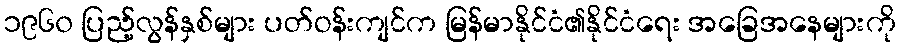
၁၉၆၀ ပြည့်လွန်နှစ်များ ပတ်ဝန်းကျင်က မြန်မာနိုင်ငံ၏နိုင်ငံရေး အခြေအနေများကို